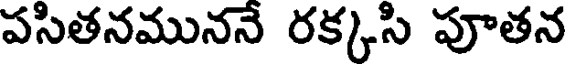
పసితనముననే రక్కసి పూతన